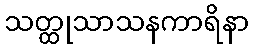
သတ္ထုသာသနကာရိနာ